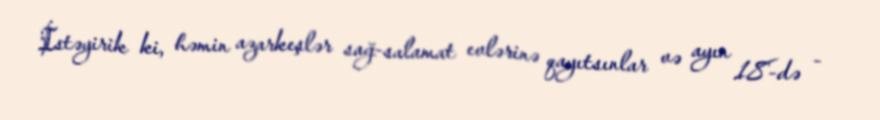
İstəyirik ki, həmin azarkeşlər sağ-salamat evlərinə qayıtsınlar və ayın 18-də -